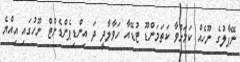
ނޭޕާލުގެ ނޫހެއް ކަމަށްވާ ކަތަމަންޑޫ ޓުޑޭއާ ހަވާލާދީ ދަ އިންޑިޕެންޑެންޓް ނޫހުގައި އިއްޔެ